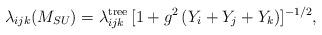
LaTeX: \begin{align*}\lambda_{ijk}(M_{SU})=\lambda_{ijk}^{\rm tree}\, [1+g^2\,(Y_i+Y_j+Y_k)]^{-1/2},\end{align*}